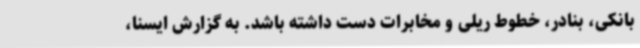
بانکی، بنادر، خطوط ریلی و مخابرات دست داشته باشد. به گزارش ایسنا،